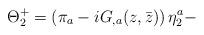
LaTeX: \begin{align*} \Theta^+_2=\left(\pi_a-iG_{,a}(z,\bar z)\right)\eta^a_2 -\end{align*}